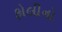
ફોલીનો